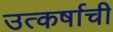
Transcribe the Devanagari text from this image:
उत्कर्षाची